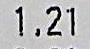
1.21